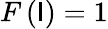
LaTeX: F\left(\mathsf{I}\right)=1